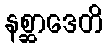
နစ္ဆာဒေတိ